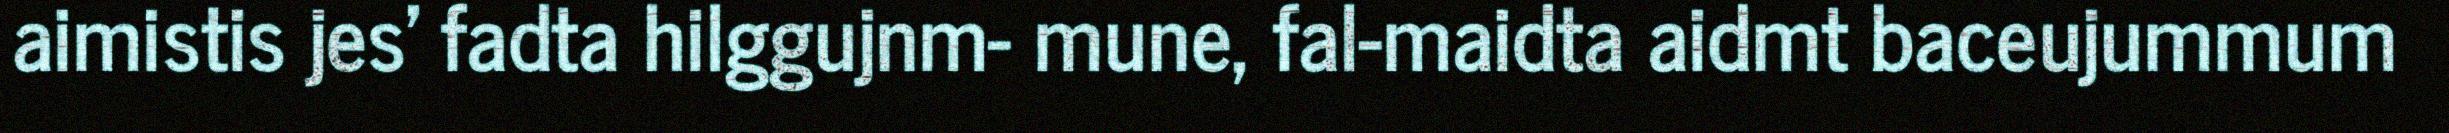
aimistis jes' fadta hilggujnm- mune, fal-maidta aidmt baceujummum